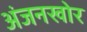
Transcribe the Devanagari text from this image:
अंजनखोर